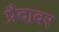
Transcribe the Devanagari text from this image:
प्रैदावर